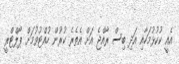
އެއީ ކުކުޅުމަހާއި އަދި ބިސް ރާއްޖެ އަށް އެތެރެ ކުރުން ހުއްޓުވުމަށް ޕޯލްޓްރީ